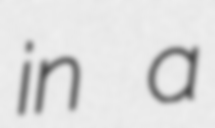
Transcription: in a